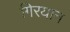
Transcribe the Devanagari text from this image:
गिरयान